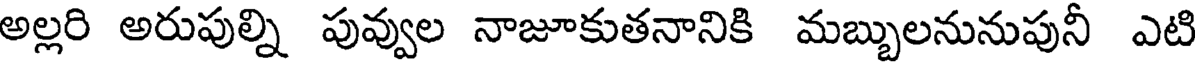
అల్లరి అరుపుల్ని పువ్వుల నాజూకుతనానికి మబ్బులనునుపునీ ఎటి